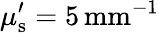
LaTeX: \mu_{\mathrm{s}}^{\prime}=5\, \mathrm{{mm}^{-1}}